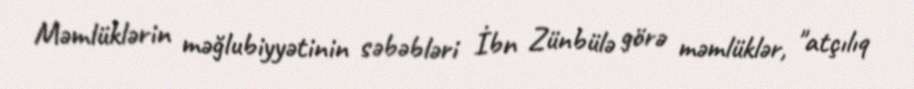
Məmlüklərin məğlubiyyətinin səbəbləri İbn Zünbülə görə məmlüklər, "atçılıq